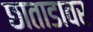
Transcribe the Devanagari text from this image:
छाताडावर